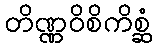
တိဏ္ဏဝိစိကိစ္ဆံ